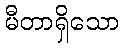
မီတာရှိသော